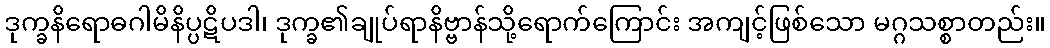
ဒုက္ခနိရောဓဂါမိနိပ္ပဋိပဒါ၊ ဒုက္ခ၏ချုပ်ရာနိဗ္ဗာန်သို့ရောက်ကြောင်း အကျင့်ဖြစ်သော မဂ္ဂသစ္စာတည်း။